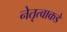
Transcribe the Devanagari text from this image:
नेतृत्वाकडे